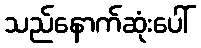
သည်နောက်ဆုံးပေါ်